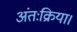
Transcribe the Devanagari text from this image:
अंतःक्रिया।